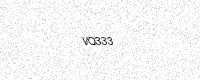
Text: VQ333